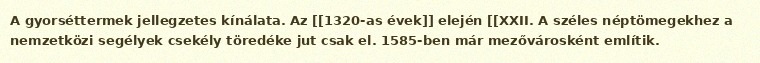
A gyorséttermek jellegzetes kínálata. Az [[1320-as évek]] elején [[XXII. A széles néptömegekhez a nemzetközi segélyek csekély töredéke jut csak el. 1585-ben már mezővárosként említik.